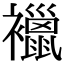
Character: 𧞪